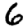
Digit: 6